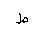
Letter: _da